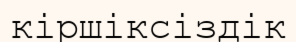
кіршіксіздік